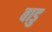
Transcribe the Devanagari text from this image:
बाडु